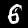
Label: 6